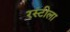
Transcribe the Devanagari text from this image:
रस्टीला